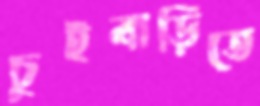
চুইবাড়িতে